NAE_ERA_R-30_Eesti_Riiklik_Spordiamet, lk 172
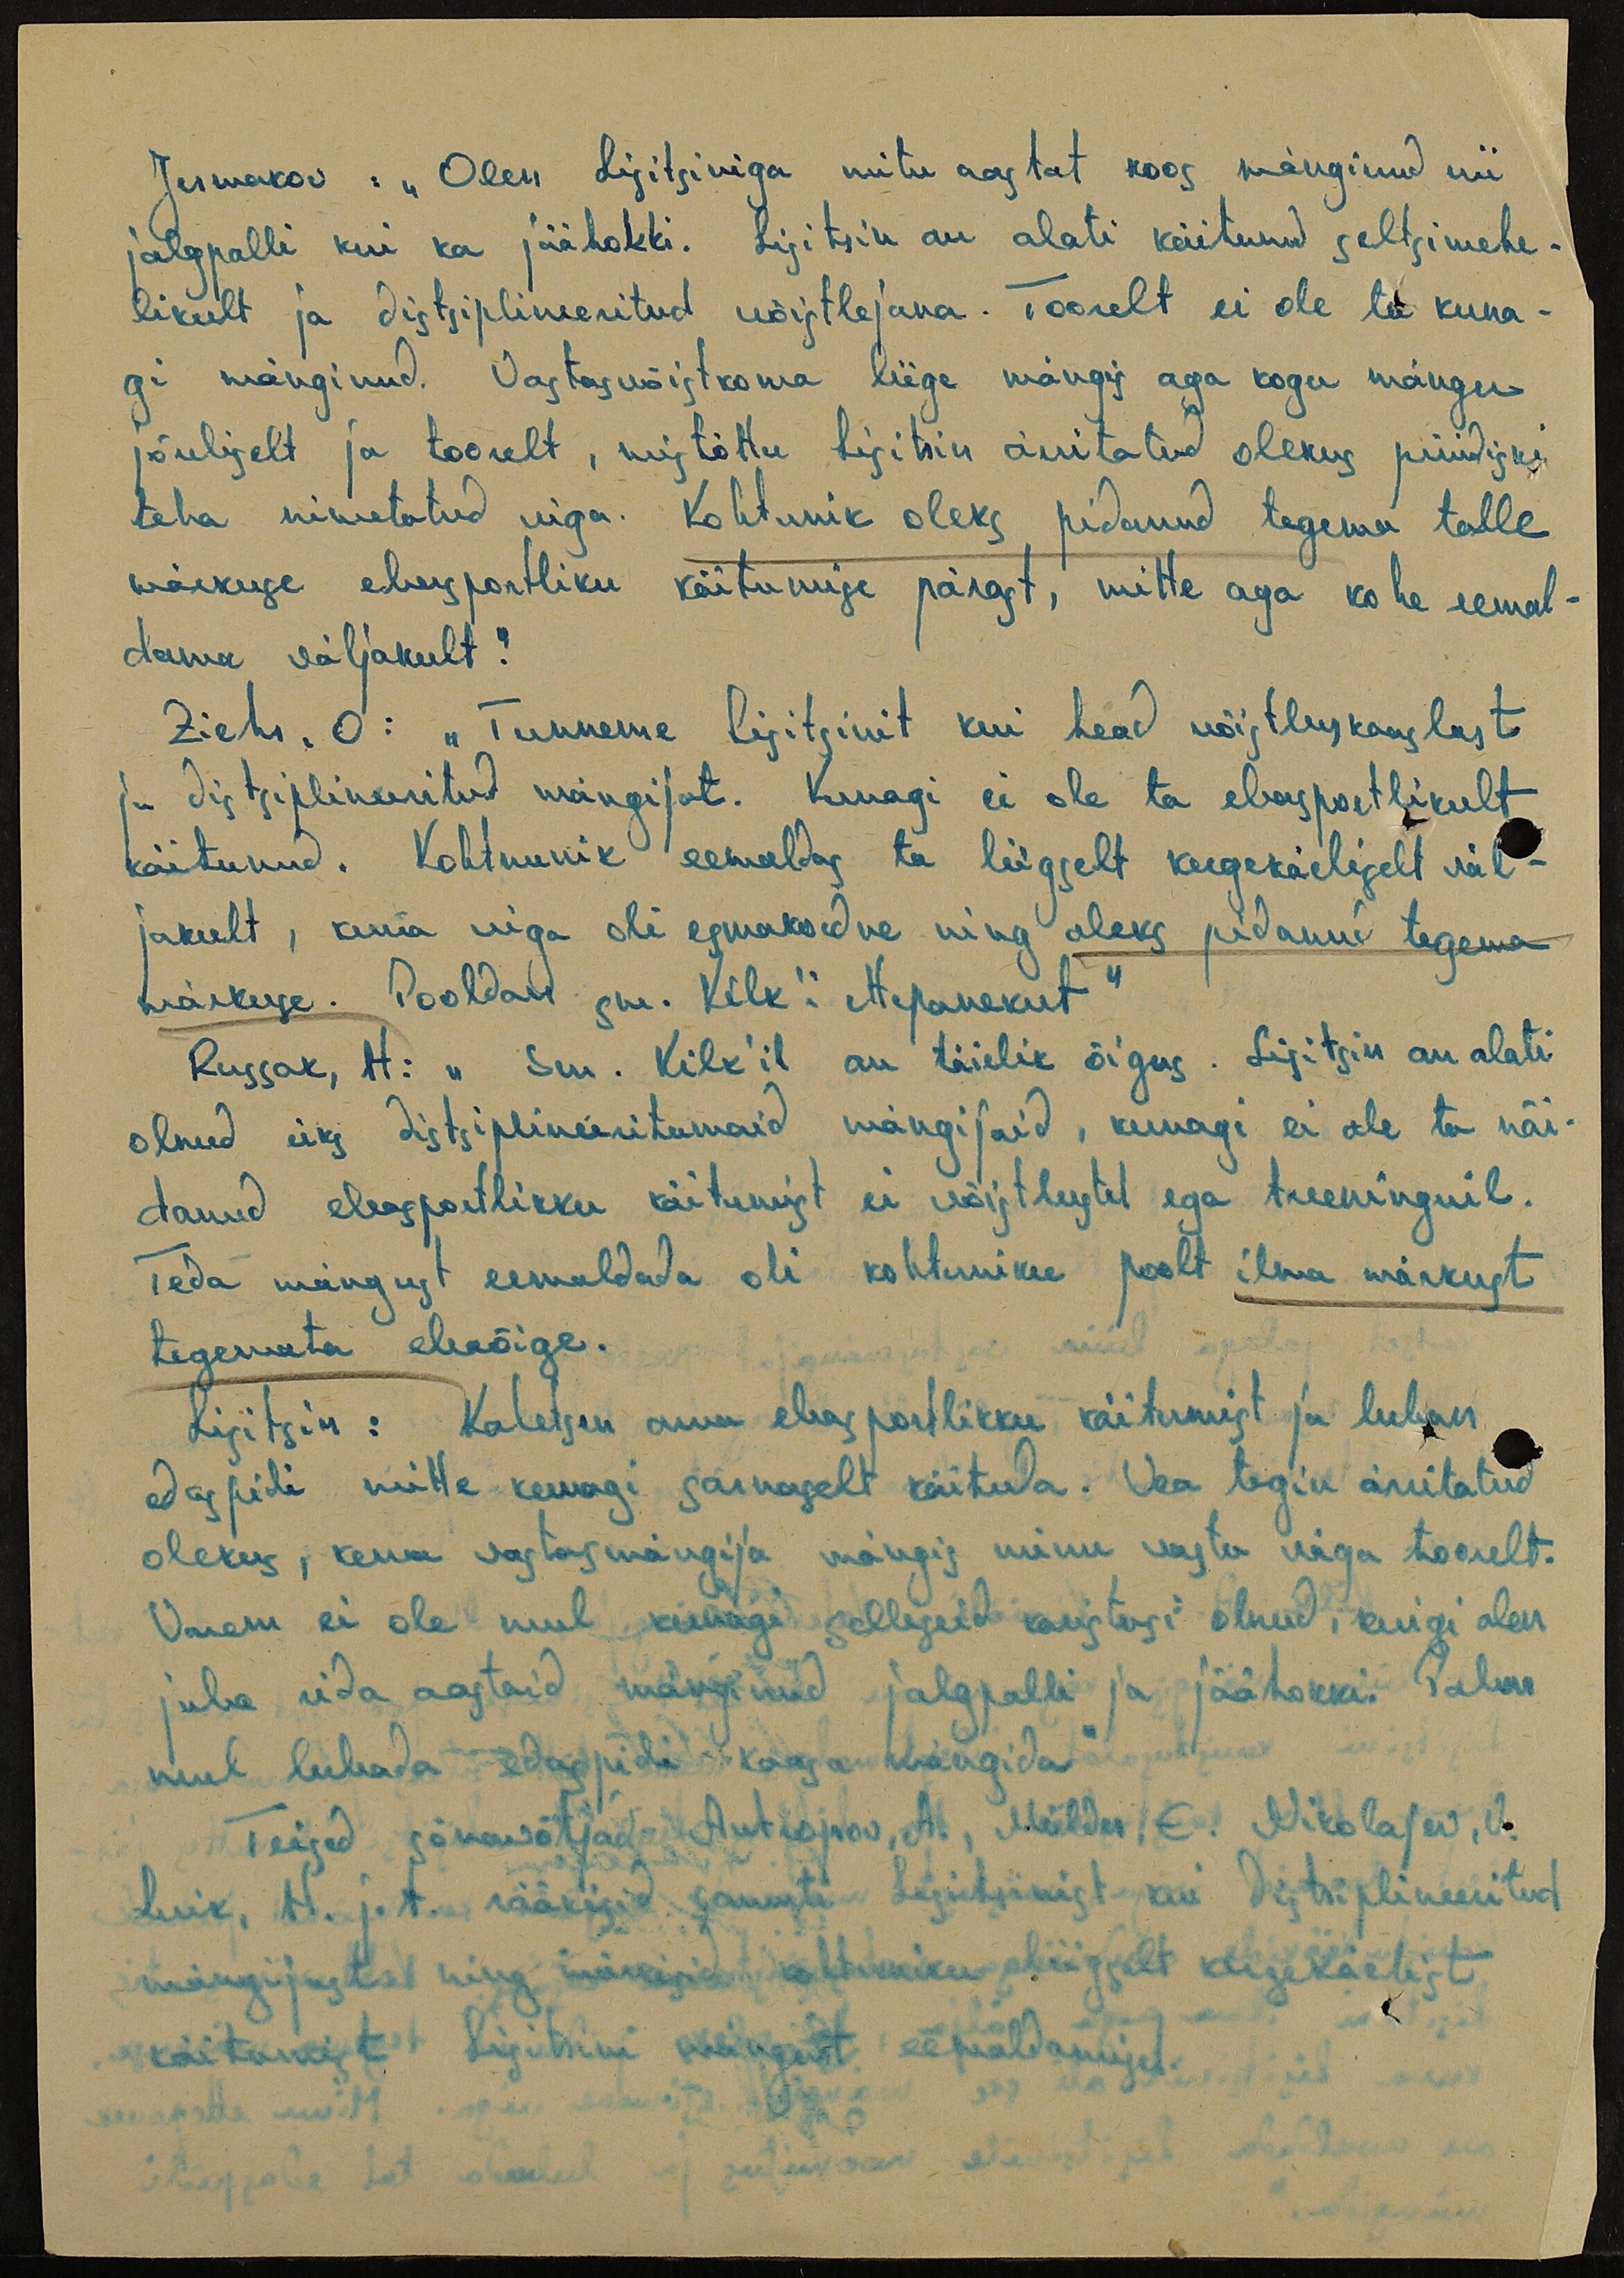
Jermakov: "Olen Lisitsiniga mitu aastat koos mänginud nii
jalgpalli kui ka jäähokki. Lisitsin on alati käitunud seltsimehe-
likult ja distsiplineeritud võistlejana. Toorelt ei ole ta kuna-
gi mänginud. Vastasvõistkonna liige mängis aga kogu mängu
jõuliselt ja toorelt, mistõttu Lisitsin ärritatud olekus püüdiski
teha nimetatud viga. Kohtunik oleks pidanud tegema talle
märkuse ebasportliku käitumise pärast, mitte aga kohe eemal-
dama väljakult.“
Ziehr. O: " Tunneme Lisitsinit kui head võistluskaaslast
ja distsiplineeritud mängijat. Kunagi ei ole ta ebasportlikult
käitunud. Kohtunik eemaldas ta liigselt kergekäeliselt väl-
jakult, kuna viga oli esmakordne ning oleks pidanud tegema
märkuse. Pooldan sm. Kilk'i ettepanekut"
Russak, H: "Sm. Kilk'il on täielik õigus. Lisitsin on alati
olnud üks distsiplineeritumaid mängijaid, kunagi ei ole ta näi-
danud ebasportlikku käitumist ei võistlustel ega treeninguil.
Teda mängust eemaldada oli kohtuniku poolt ilma märkust
tegemata ebaõige.
Lisitsin: Kahetsen oma ebasportlikku käitumist ja luban
edaspidi mitte kunagi sarnaselt käituda. Vea tegin ärritatud
olekus, kuna vastasmängija mängis minu vastu väga toorelt.
Varem ei ole mul kunagi selliseid karistusi olnud, kuigi olen
juba rida aastaid mänginud jalgpalli ja jäähokki. Palun
mul lubada edaspidi kaasa mängida"
Teised sõnavõtjad Antropov, A, Mölder, E. Nikolajev, V.
Luik, H. j. t. rääkisid samuti Lisitsinist kui distsiplineeritud
mängijast ning märkisid kohtuniku liigselt kergekäelist
käitumist Lisitsini mängust eemaldamisel.